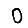
Digit: 0